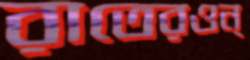
রাতেরওন্